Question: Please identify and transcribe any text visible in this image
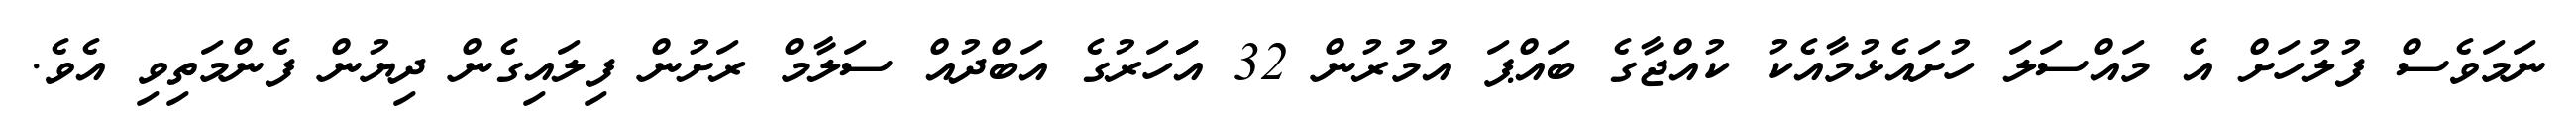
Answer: ނަމަވެސް ފުލުހަށް އެ މައްސަލަ ހުށައެޅުމާއެކު ކުއްޖާގެ ބައްޕަ އުމުރުން 32 އަަހަރުގެ އަބްދުއް ސަލާމް ރަށުން ފިލައިގެން ދިޔުން ފެންމަތިވި އެވެ.